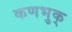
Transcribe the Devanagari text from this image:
कणभुक्